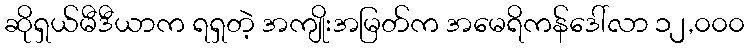
ဆိုရှယ်မီဒီယာက ရရှတဲ့ အကျိုးအမြတ်က အမေရိကန်ဒေါ်လာ ၁၂,၀၀၀